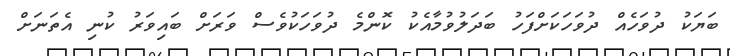
ބަޔަކު ދުވަހެއް ދުވަހަކަށްފަހު ބަދަލުވުމާއެކު ކޮންމެ ދުވަހަކުވެސް ވަރަށް ބައިވަރު ކުނި އެތަނަށް